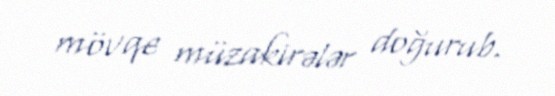
mövqe müzakirələr doğurub.